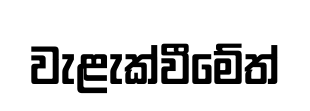
වැළැක්වීමේත්